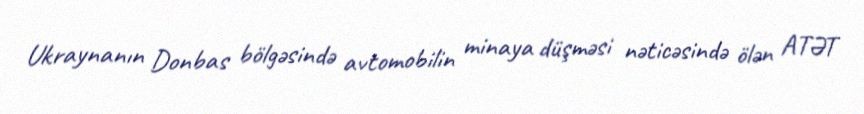
Ukraynanın Donbas bölgəsində avtomobilin minaya düşməsi nəticəsində ölən ATƏT